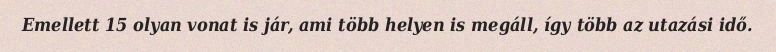
Emellett 15 olyan vonat is jár, ami több helyen is megáll, így több az utazási idő.